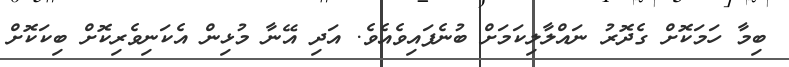
ބިމާ ހަމަކޮށް ގެދޮރު ނައްލާލިކަމަށް ބުނެފައިވެއެވެ. އަދި އޭނާ މުޅިން އެކަނިވެރިކޮށް ބިކަކޮށް